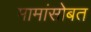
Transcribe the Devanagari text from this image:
मामांसोबत